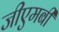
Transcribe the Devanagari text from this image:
जीएमबी